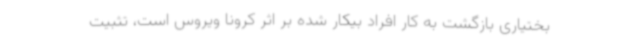
بختیاری بازگشت به کار افراد بیکار شده بر اثر کرونا ویروس است، تثبیت